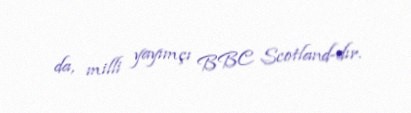
da, milli yayımçı BBC Scotland-dır.